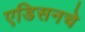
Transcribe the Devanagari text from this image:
एडिसनचे